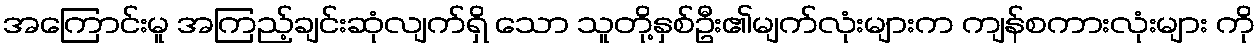
အကြောင်းမူ အကြည့်ချင်းဆုံလျက်ရှိ သော သူတို့နှစ်ဦး၏မျက်လုံးများက ကျန်စကားလုံးများ ကို